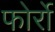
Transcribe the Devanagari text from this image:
फोर्रो